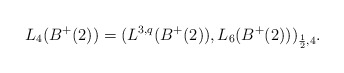
\begin{align*} L_{4}(B^+(2))=(L^{3,q}(B^+(2)),L_{6}(B^+(2)))_{\frac{1}{2},4}. \end{align*}